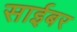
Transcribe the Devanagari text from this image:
साईबर